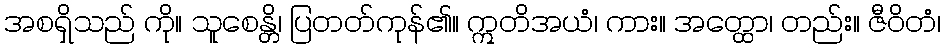
အစရှိသည် ကို။ သူစေန္တိ၊ ပြတတ်ကုန်၏။ ဣတိအယံ၊ ကား။ အတ္ထော၊ တည်း။ ဇီဝိတံ၊